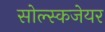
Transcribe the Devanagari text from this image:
सोल्स्कजेयर